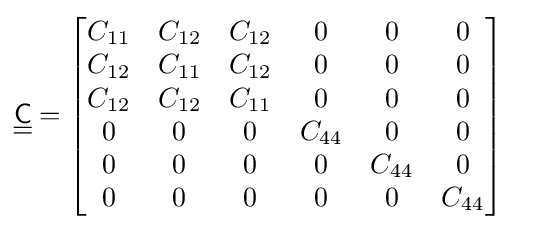
{\underline {\underline {\mathsf {C}}}}={\begin{bmatrix}C_{11}&C_{12}&C_{12}&0&0&0\\C_{12}&C_{11}&C_{12}&0&0&0\\C_{12}&C_{12}&C_{11}&0&0&0\\0&0&0&C_{44}&0&0\\0&0&0&0&C_{44}&0\\0&0&0&0&0&C_{44}\end{bmatrix}}\quad